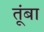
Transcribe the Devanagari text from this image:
तूंबा